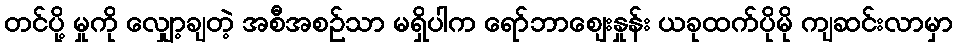
တင်ပို့ မှုကို လျှော့ချတဲ့ အစီအစဉ်သာ မရှိပါက ရော်ဘာဈေးနှုန်း ယခုထက်ပိုမို ကျဆင်းလာမှာ